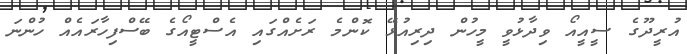
އުރީދޫގެ ސީއީއޯ ވިދާޅުވީ މީހުން ދިރިއުޅޭ ކޮންމެ ރަށެއްގައި އެސްޓީއޯގެ ބޭސްފިހާރައެއް ހުންނަ